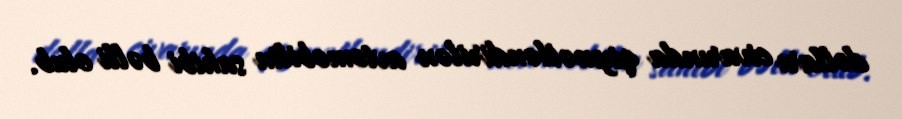
dolları civarında qiymətləndirilən avtomobilin sahibi bəlli olub.